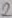
Text: 2